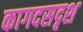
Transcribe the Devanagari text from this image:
कागदसदृश